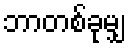
ဘာတစ်ခုမျှ